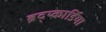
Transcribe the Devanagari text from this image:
ब्रद्य्कार्डिया